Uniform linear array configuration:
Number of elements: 24
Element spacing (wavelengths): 1
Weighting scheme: kaiser
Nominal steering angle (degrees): -60
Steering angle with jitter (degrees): -58.013
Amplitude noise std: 0.05
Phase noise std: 0.05

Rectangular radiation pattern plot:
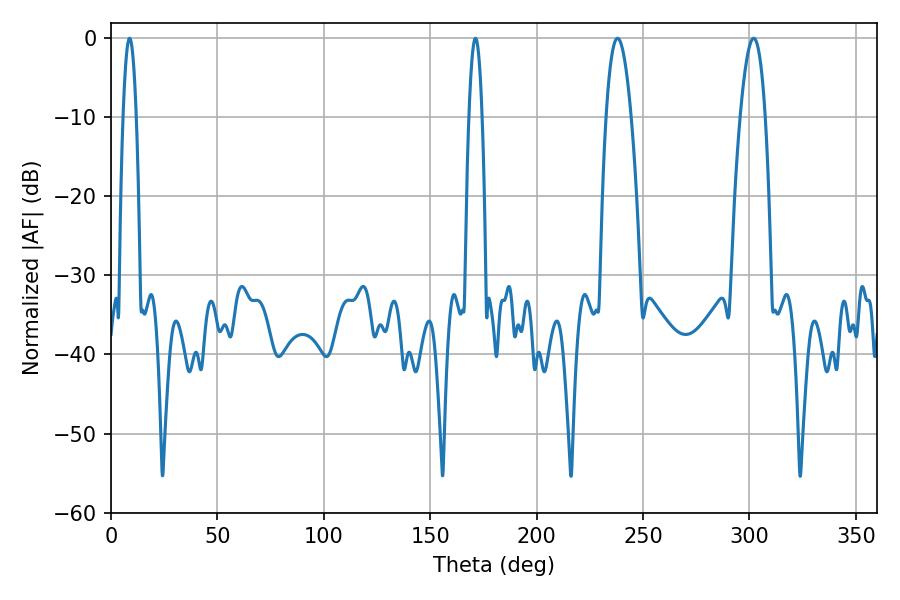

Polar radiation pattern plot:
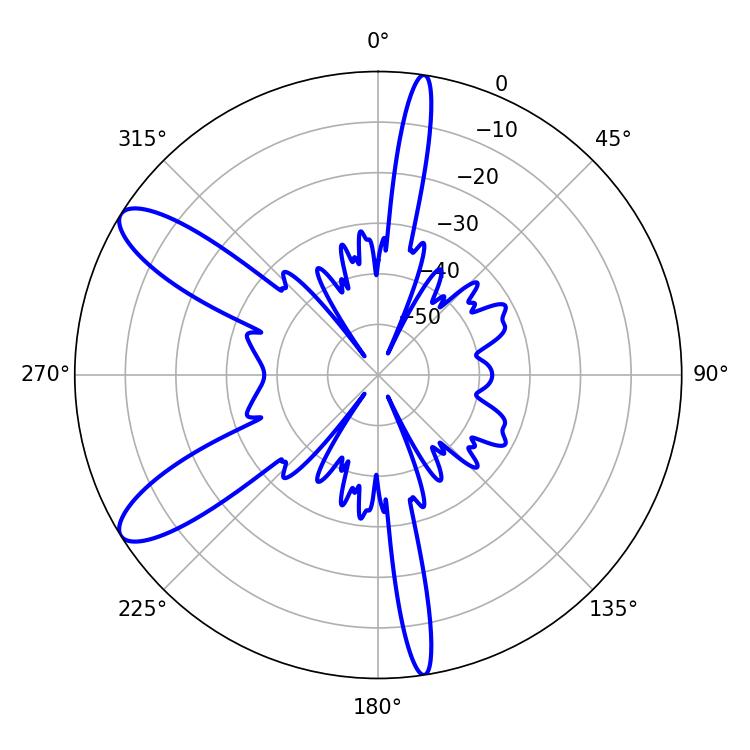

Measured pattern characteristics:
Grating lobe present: TRUE
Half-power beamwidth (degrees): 6.48
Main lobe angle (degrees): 237.96